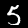
Digit: 5